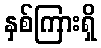
နှစ်ကြားရှိ